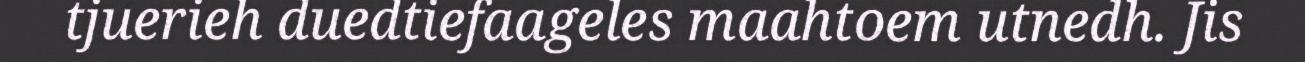
tjuerieh duedtiefaageles maahtoem utnedh. Jis